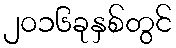
၂၀၁၆ခုနှစ်တွင်